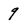
Character: 9